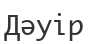
Дәуір